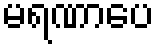
မရဏာပေ